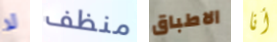
لا منظف الاطباق أنا